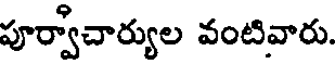
పూర్వాచార్యుల వంటివారు.